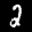
Label: 2